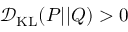
\mathcal { D } _ { \mathrm { K L } } ( P | | Q ) > 0